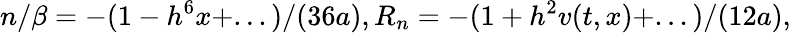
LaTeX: n/\beta=-(1-h^{6}x+...)/(36a),R_{n}=-(1+h^{2}v(t,x)+...)/(12a),